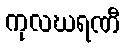
ကုလဃရဏီ